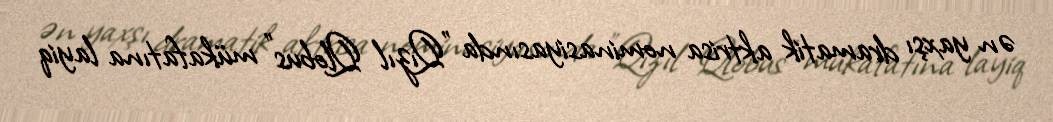
ən yaxşı dramatik aktrisa nominasiyasında "Qızıl Qlobus" mükafatına layiq